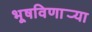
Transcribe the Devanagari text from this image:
भूषविणार्‍या